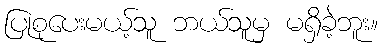
ပြုစုပေးမယ့်သူ ဘယ်သူမှ မရှိခဲ့ဘူး။